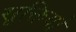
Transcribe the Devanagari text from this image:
सूक्तियो